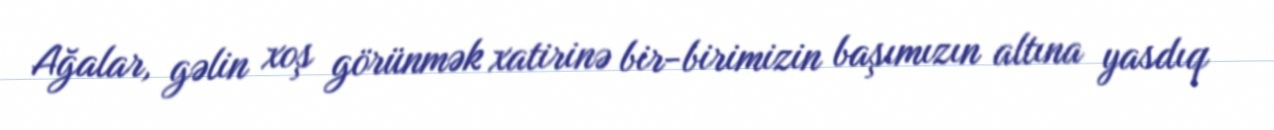
Ağalar, gəlin xoş görünmək xatirinə bir-birimizin başımızın altına yasdıq